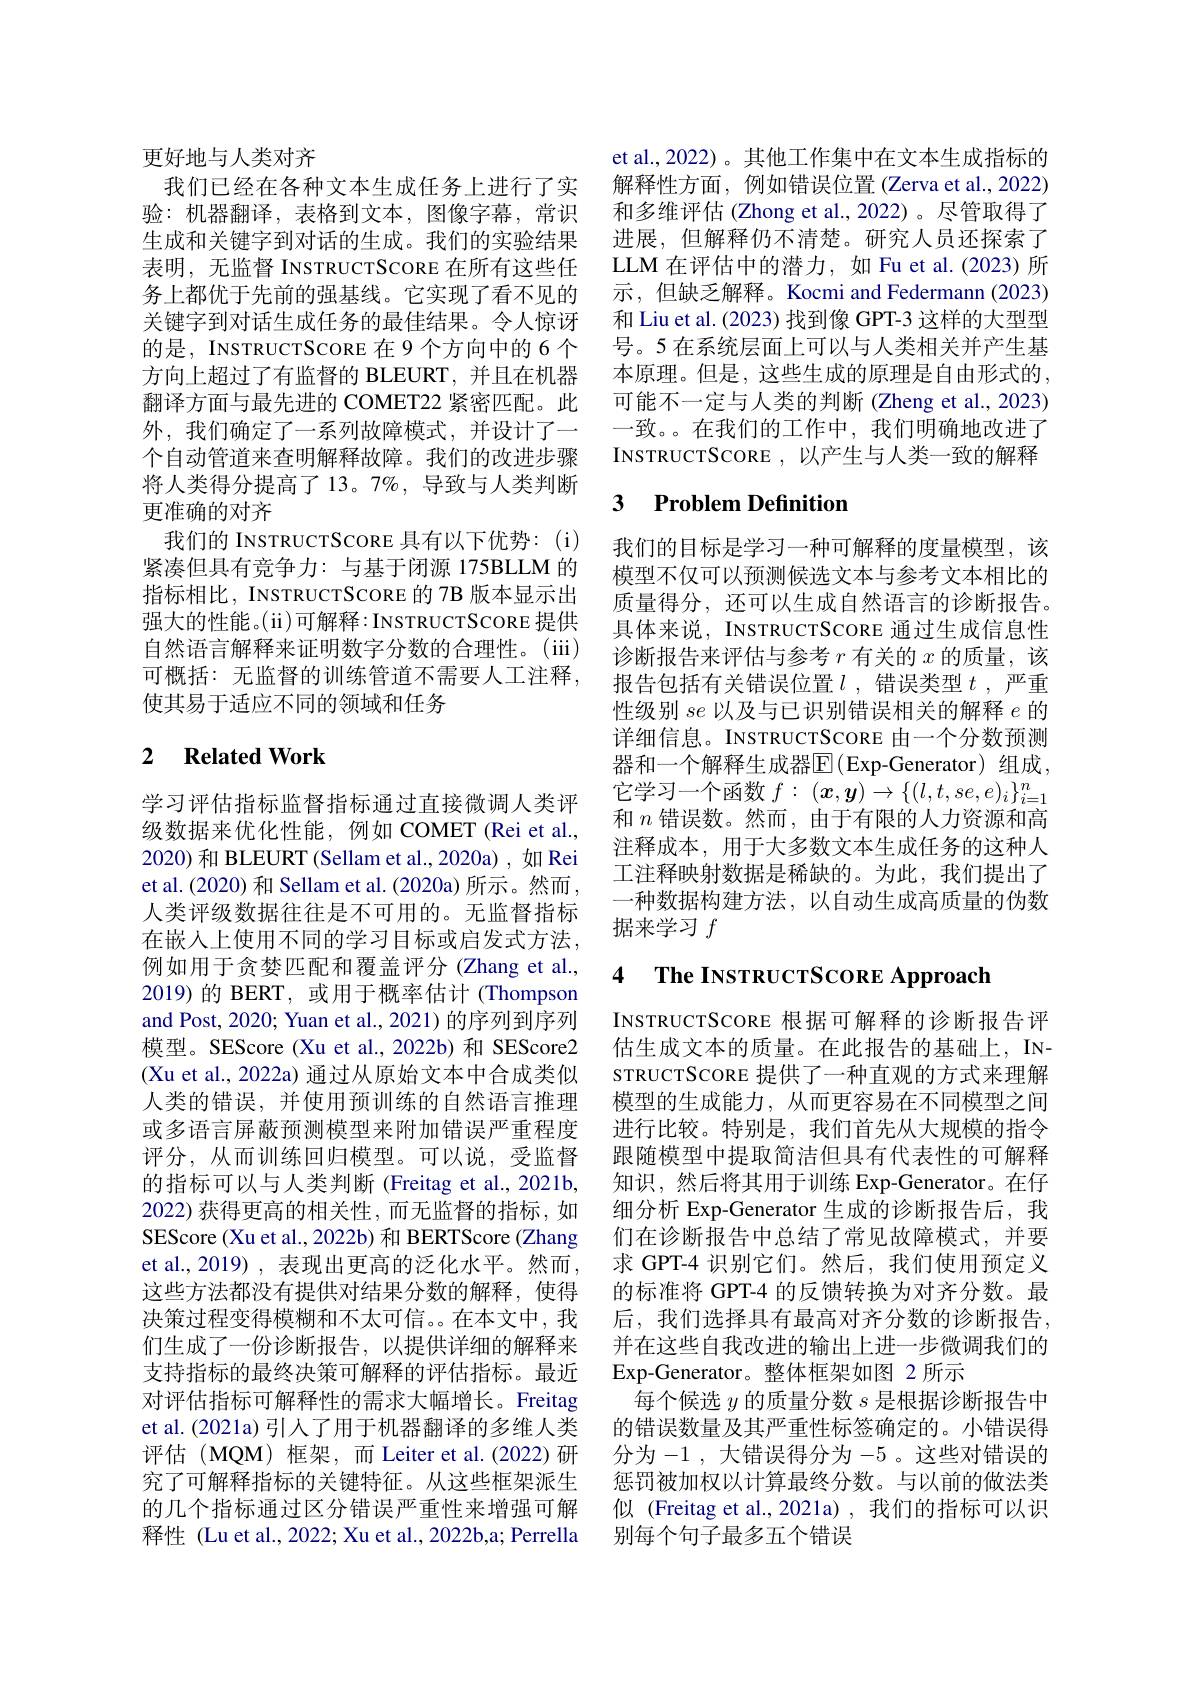
更好地与人类对齐
我们已经在各种文本生成任务上进行了实验：机器翻译，表格到文本，图像字幕，常识生成和关键字到对话的生成。我们的实验结果表明，无监督 INSTRUCTSCORE 在所有这些任务上都优于先前的强基线。它实现了看不见的关键字到对话生成任务的最佳结果。令人惊讶的是，INSTRUCTSCORE 在 9 个方向中的 6 个方向上超过了有监督的 BLEURT,并且在机器翻译方面与最先进的 COMET22 紧密匹配。此外，我们确定了一系列故障模式，并设计了一个自动管道来查明解释故障。我们的改进步骤将人类得分提高了 13。7%,导致与人类判断更准确的对齐
我们的 INSTRUCTSCORE 具有以下优势：(i) 紧凑但具有竞争力：与基于闭源 175BLLM 的指标相比，INSTRUCTSCORE 的 7B 版本显示出强大的性能。(ii)可解释：INSTRUCTSCORE 提供自然语言解释来证明数字分数的合理性。(iii) 可概括：无监督的训练管道不需要人工注释， 使其易于适应不同的领域和任务

## 2 $\textbf{Related Work}$

学习评估指标监督指标通过直接微调人类评级数据来优化性能，例如 COMET (Rei et al., 2020) 和 BLEURT (Sellam et al.,2020a) , 如 Rei et al. (2020) 和 Sellam et al. (2020a) 所示。然而 , 人类评级数据往往是不可用的。无监督指标在嵌入上使用不同的学习目标或启发式方法， 例如用于贪婪匹配和覆盖评分(Zhang et al., 2019) 的 BERT, 或用于概率估计 (Thompson and Post, 2020; Yuan et al., 2021) 的序列到序列模型。SEScore (Xu et al.,2022b)和 SEScore2 (Xu et al., 2022a) 通过从原始文本中合成类似人类的错误，并使用预训练的自然语言推理或多语言屏蔽预测模型来附加错误严重程度评分，从而训练回归模型。可以说，受监督的指标可以与人类判断 (Freitag et al., 2021b, 2022) 获得更高的相关性，而无监督的指标，如SEScore (Xu et al., 2022b) 和 BERTScore (Zhang et al.,2019),表现出更高的泛化水平。然而， 这些方法都没有提供对结果分数的解释，使得决策过程变得模糊和不太可信。。在本文中，我们生成了一份诊断报告，以提供详细的解释来支持指标的最终决策可解释的评估指标。最近对评估指标可解释性的需求大幅增长。Freitag et al. (2021a) 引人了用于机器翻译的多维人类评估(MQM)框架，而Leiter et al.(2022)研究了可解释指标的关键特征。从这些框架派生的几个指标通过区分错误严重性来增强可解释性 (Lu et al., 2022; Xu et al., 2022b,a; Perrella

et al.,2022)。其他工作集中在文本生成指标的解释性方面，例如错误位置 (Zerva et al., 2022) 和多维评估 (Zhong et al.,2022)。尽管取得了进展，但解释仍不清楚。研究人员还探索了LLM 在评估中的潜力，如 Fu et al.(2023) 所示，但缺乏解释。Kocmi and Federmann (2023) 和 Liu et al. (2023) 找到像 GPT-3 这样的大型型号。5 在系统层面上可以与人类相关并产生基本原理。但是，这些生成的原理是自由形式的可能不一定与人类的判断 (Zheng et al., 2023) 一致。。在我们的工作中，我们明确地改进了INSTRUCTSCORE , 以产生与人类一致的解释

### 3 $\textbf{Problem Definition}$

我们的目标是学习一种可解释的度量模型，该模型不仅可以预测候选文本与参考文本相比的质量得分，还可以生成自然语言的诊断报告。具体来说，INSTRUCTSCORE 通过生成信息性诊断报告来评估与参考$r$有关的$x$的质量，该报告包括有关错误位置$l$ ,错误类型 $t$ ,严重性级别$se$以及与已识别错误相关的解释$e$的详细信息。INSTRUCTSCORE 由一个分数预测器和一个解释生成器$\overline{\mathrm{E}}($Exp-Generator)组成， 它学习一个函数$f:(x,\boldsymbol{y})\to\{(l,t,se,e)_i\}_{i=1}^n$ 和$n$错误数。然而，由于有限的人力资源和高注释成本，用于大多数文本生成任务的这种人工注释映射数据是稀缺的。为此，我们提出了一种数据构建方法，以自动生成高质量的伪数据来学习$f$

# 4 The INSTRUCTSCORE Approach

INSTRUCTSCORE 根据可解释的诊断报告评估生成文本的质量。在此报告的基础上，INSTRUCTSCORE 提供了一种直观的方式来理解模型的生成能力，从而更容易在不同模型之间进行比较。特别是，我们首先从大规模的指令跟随模型中提取简洁但具有代表性的可解释知识，然后将其用于训练 Exp-Generator。在仔细分析 Exp-Generator 生成的诊断报告后，我们在诊断报告中总结了常见故障模式，并要求 GPT-4 识别它们。然后，我们使用预定义的标准将 GPT-4 的反馈转换为对齐分数。最后，我们选择具有最高对齐分数的诊断报告， 并在这些自我改进的输出上进一步微调我们的Exp-Generator。整体框架如图 2 所示
每个候选$y$的质量分数$s$是根据诊断报告中的错误数量及其严重性标签确定的。小错误得分为-1 ,大错误得分为-5 。这些对错误的惩罚被加权以计算最终分数。与以前的做法类似 (Freitag et al., 2021a) ,我们的指标可以识别每个句子最多五个错误